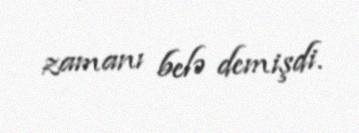
zamanı belə demişdi.